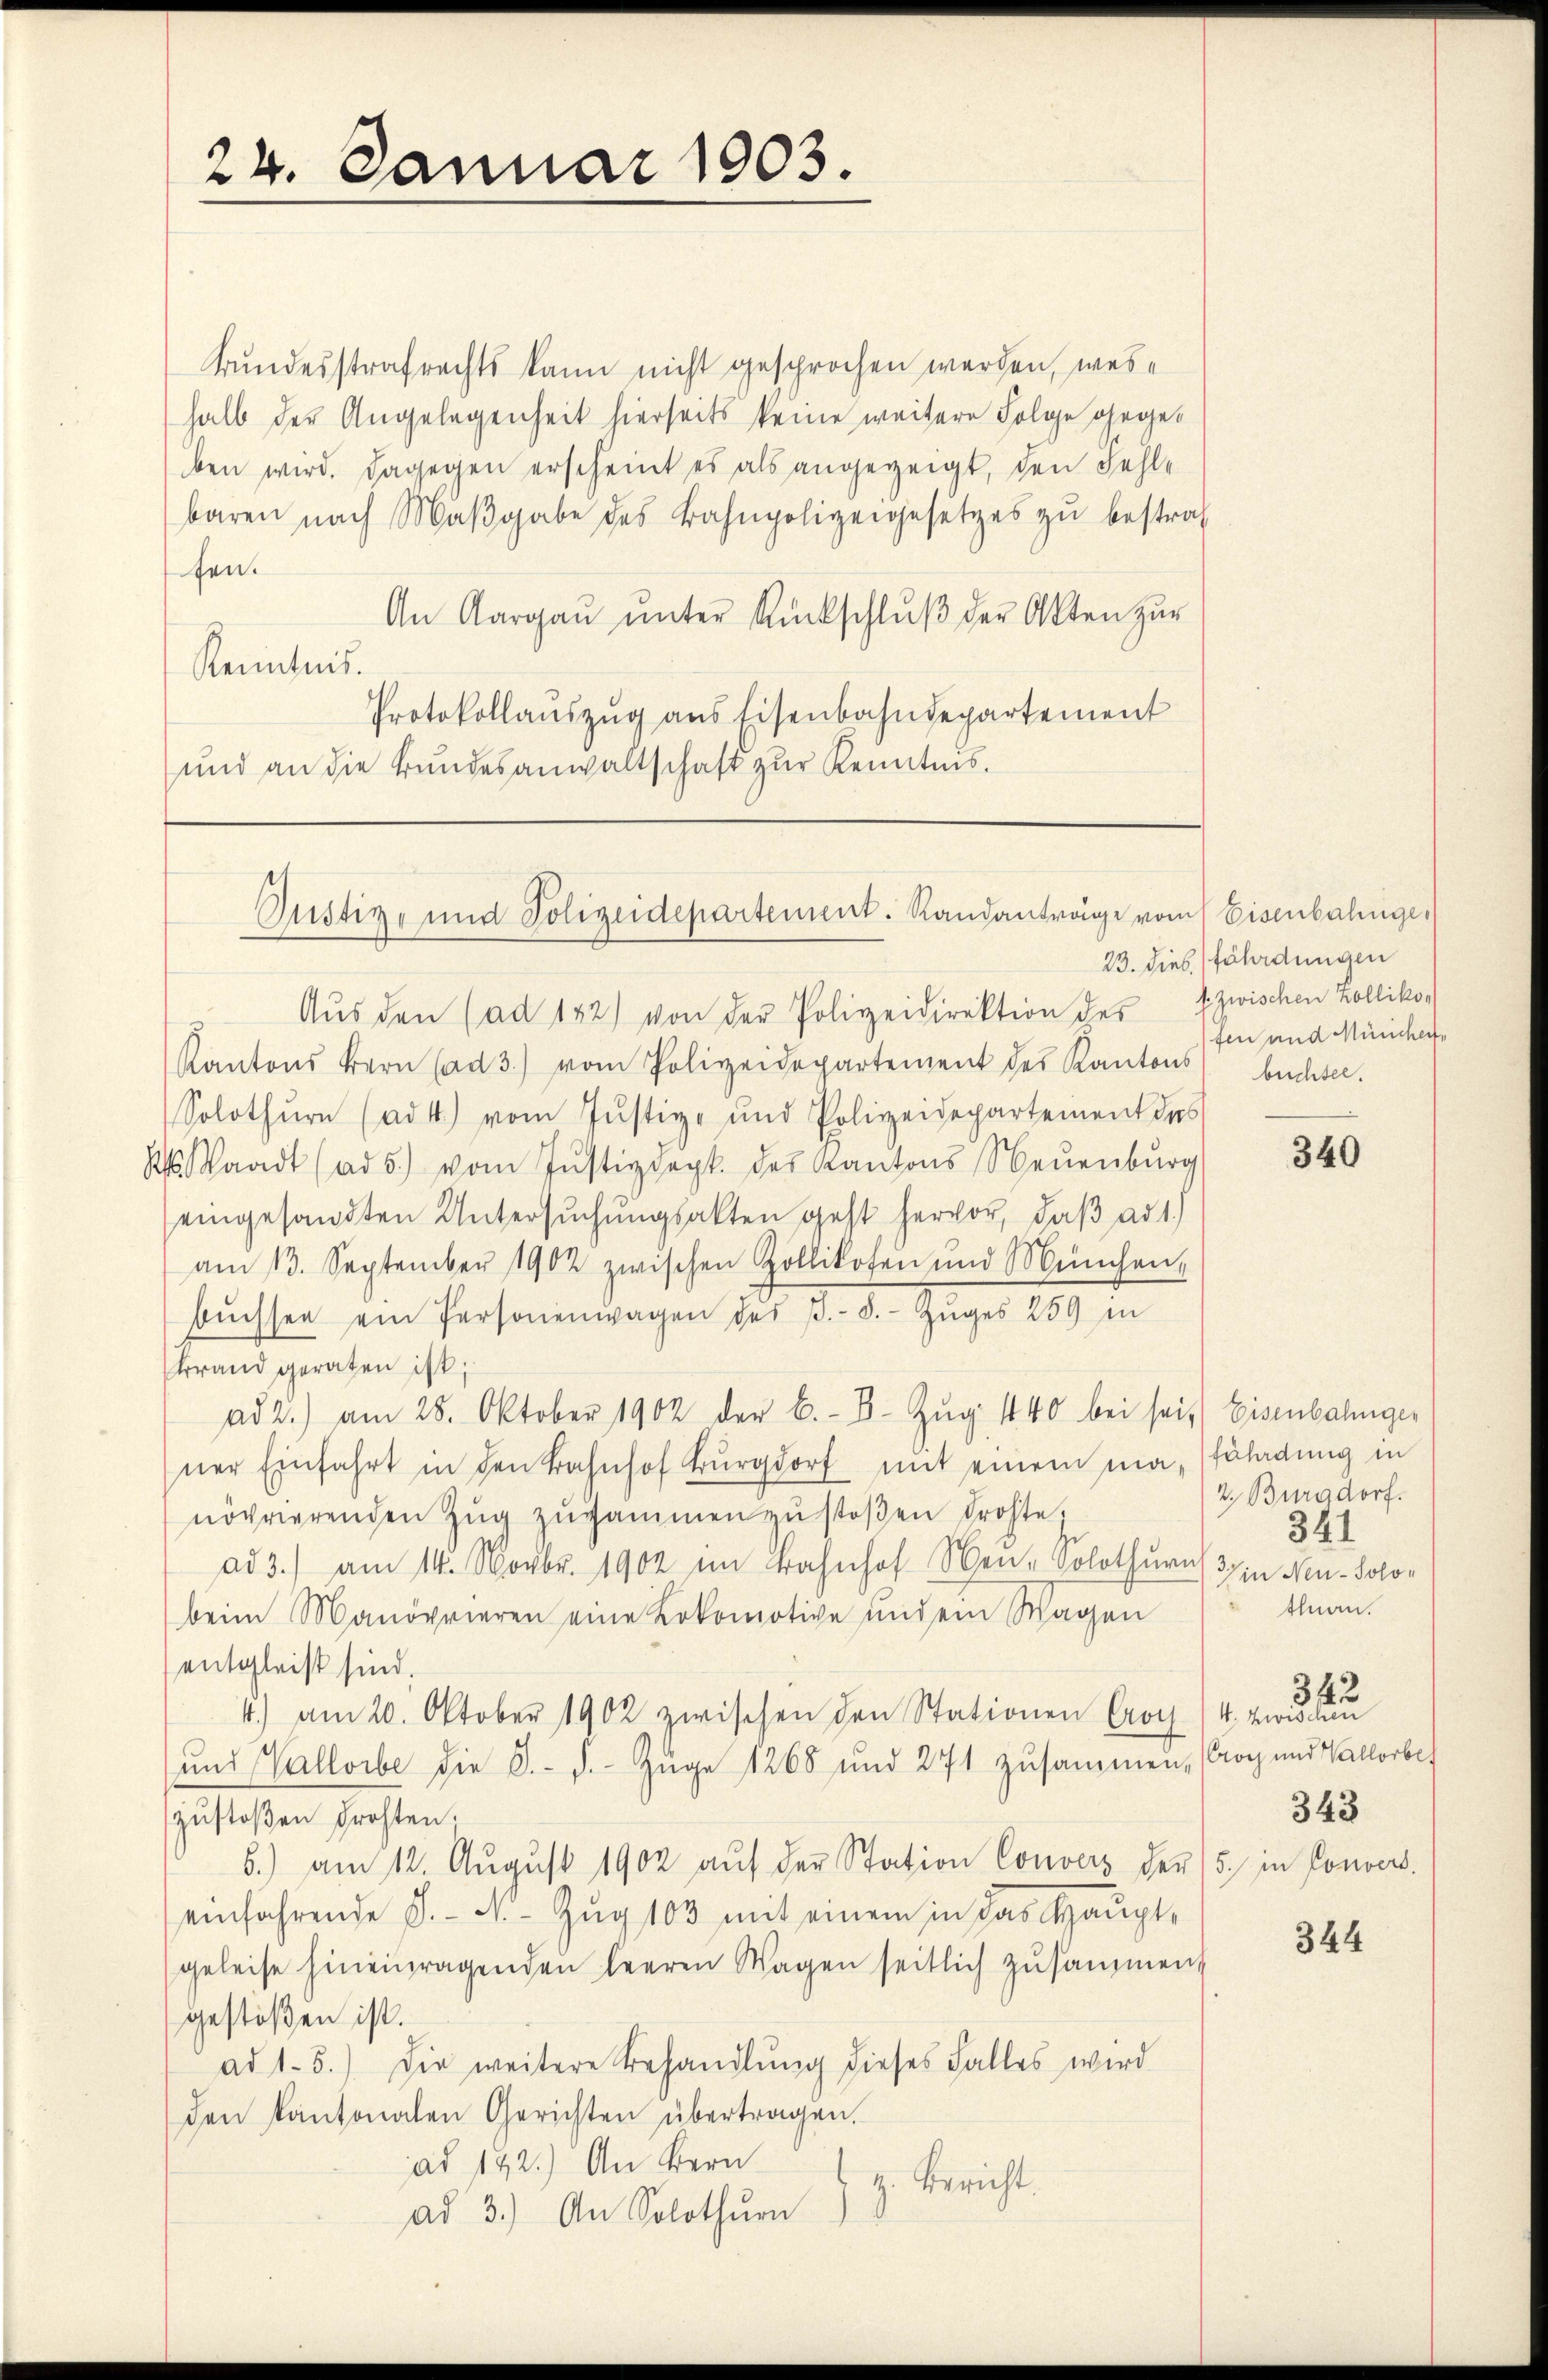
24. Januar 1903.

Bundesstrafrechts kann nicht gesprochen werden, weshalb der Angelegenheit hierseits keine weitere Folge gegeben wird. Dagegen erscheint es als angezeigt, den Fehl-
baren nach Maβgabe des Bahnpolizeigesetzes zu bestraf
fen.
An Aargaŭ ŭnter Rückschlŭβ der Akten zur
Kenntnis.
Protokollaŭszŭg aŭs Eisenbahndepartement
und an die Bundesanwaltschaft zur Kenntnis.

Justiz- und Polizeidepartement. Randanträge vom Eisenbahnge

Aŭs den (ad 142) von der Polizeidirektion des zwischen Zolliko
Kantons Bern (ad 3.) vom Polizeidepartement des Kantons buchter.
Solothurn (ad 4) vom Jŭstiz- und Polizeidepartement des
 Waadt (ad 5.) vom Jŭstizdept. des Kantons Neuenburg
eingesandten Untersuchungsakten geht hervor, daß ad 1.)
am 13. September 1902 zwischen Zollikofen und München,
bŭchsen ein Personenwagen des B.-8.- Zuges 259 in
Brand geraten ist;
ad 2.) am 28. Oktober 1902 der B.-B. Zŭg 1840 bei seit Eisenbahnger
ner Einfahrt in den Bahnhof Burgdorf mit einem ma-Erladung in
nöchrierenden Zŭg zusammen zu stoßen drohte
ad 3.) am 14. Novbr. 1902 im Bahnhof Neu-Solothurn (37 in Neu-Solo-
beim Manövrieren eine Lokomotive und ein Wagen
entgleicht sind.
4.) am 20. Oktober 1902 zwischen den Stationen Croy (4. zwischen
und Vallorbe die S. J. Züge 1268 und 271 zusammen, (Crog und Vallorbes
zustoßen drohten.
6.) am 12. Aŭgŭst 1902 aŭf der Station Couvers der (5. in Convers.
einfahrende S. N. Zŭg 103 mit einem in das Haŭpt-
geleise hineinragenden leeren Wagen seitlich zusammen
gestoßen ist.
ad 1.5.) Die weitere Behandlŭng dieses Falles wird
den Kantonalen Gerichten übertragen.
ad 142.) An Bern
z. Bericht.
ad 3.) An Solothurn

23. dies fährdungen
fen und München,

340

2. Burgdorf.
341
thnan.

342
343

344